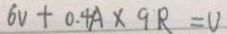
6 v + 0 . 4 A \times 9 R = U